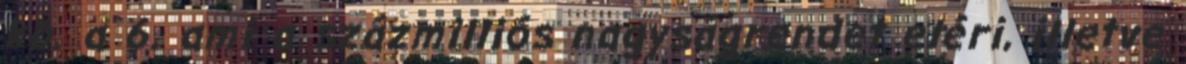
kb. a 6. ami a százmilliós nagyságrendet eléri, illetve